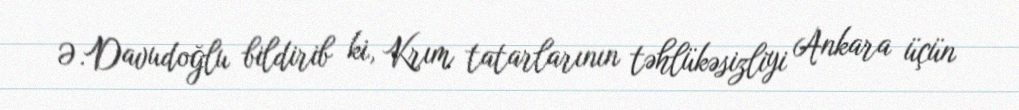
Ə.Davudoğlu bildirib ki, Krım tatarlarının təhlükəsizliyi Ankara üçün